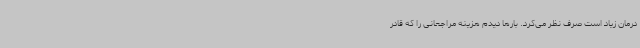
درمان زیاد است صرف‌ نظر می‌کرد. بارها دیدم هزینه مراجعانی را که قادر